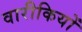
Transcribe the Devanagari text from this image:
वारीकियों